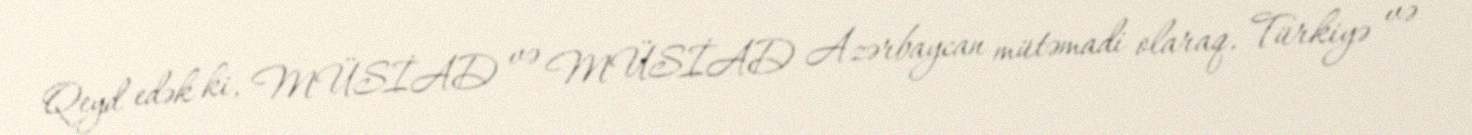
Qeyd edək ki, MÜSİAD və MÜSİAD Azərbaycan mütəmadi olaraq, Türkiyə və